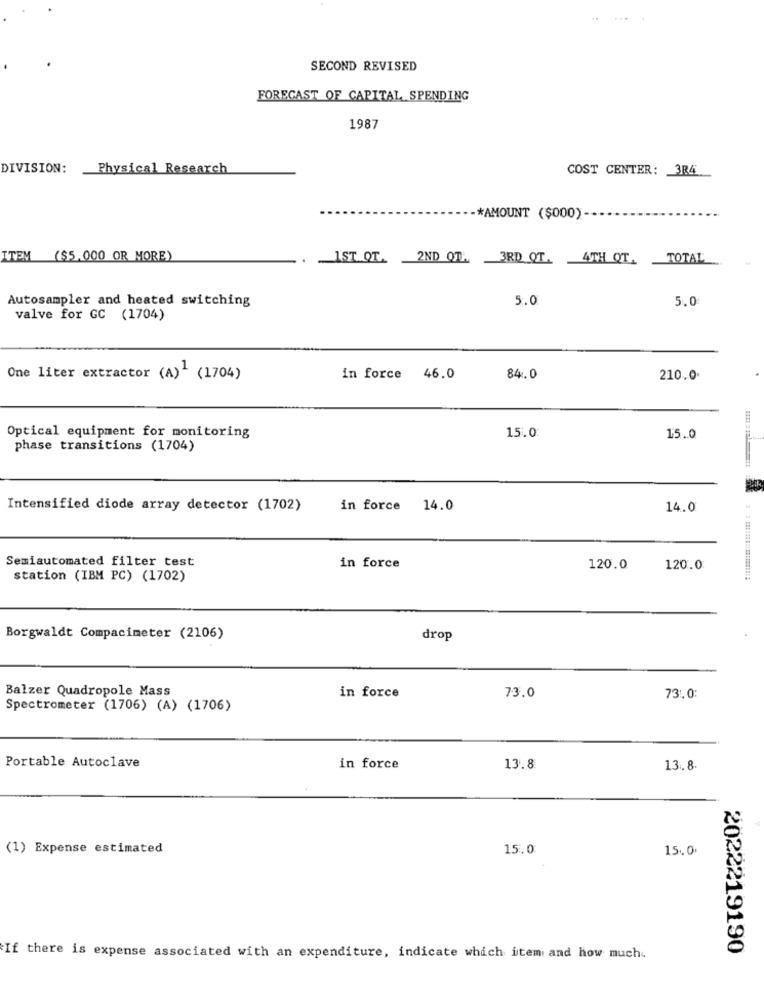
SECOND REVISED
FORECAST OF CAPITAL SPENDING
1987
DIVISION:
Physical Research
COST CENTER: 3R4
-* AMOUNT ($000)-
ITEM ($5,000 OR MORE)
IST QT. 2ND QT. 3RD QT. 4TH QT.
TOTAL
Autosampler and heated switching
5.0
5.0
valve for GC (1704)
One liter extractor (A) (1704)
in force 46.0
84.0
210.0
Optical equipment for monitoring
15.0
15.0
phase transitions (1704)
Intensified diode array detector (1702)
in force 14.0
14.0
Semiautomated filter test
in force
120.0
120.0
station (IBM PC) (1702)
Borgwaldt Compacimeter (2106)
drop
Balzer Quadropole Mass
in force
73.0
73, 0:
Spectrometer (1706) (A) (1706)
Portable Autoclave
in force
13.8
13.8.
(1) Expense estimated
15.0
15.0.
2022219190
If there is expense associated with an expenditure, indicate which item and how much.